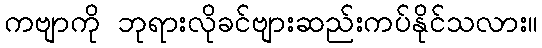
ကဗျာကို ဘုရားလိုခင်ဗျားဆည်းကပ်နိုင်သလား။